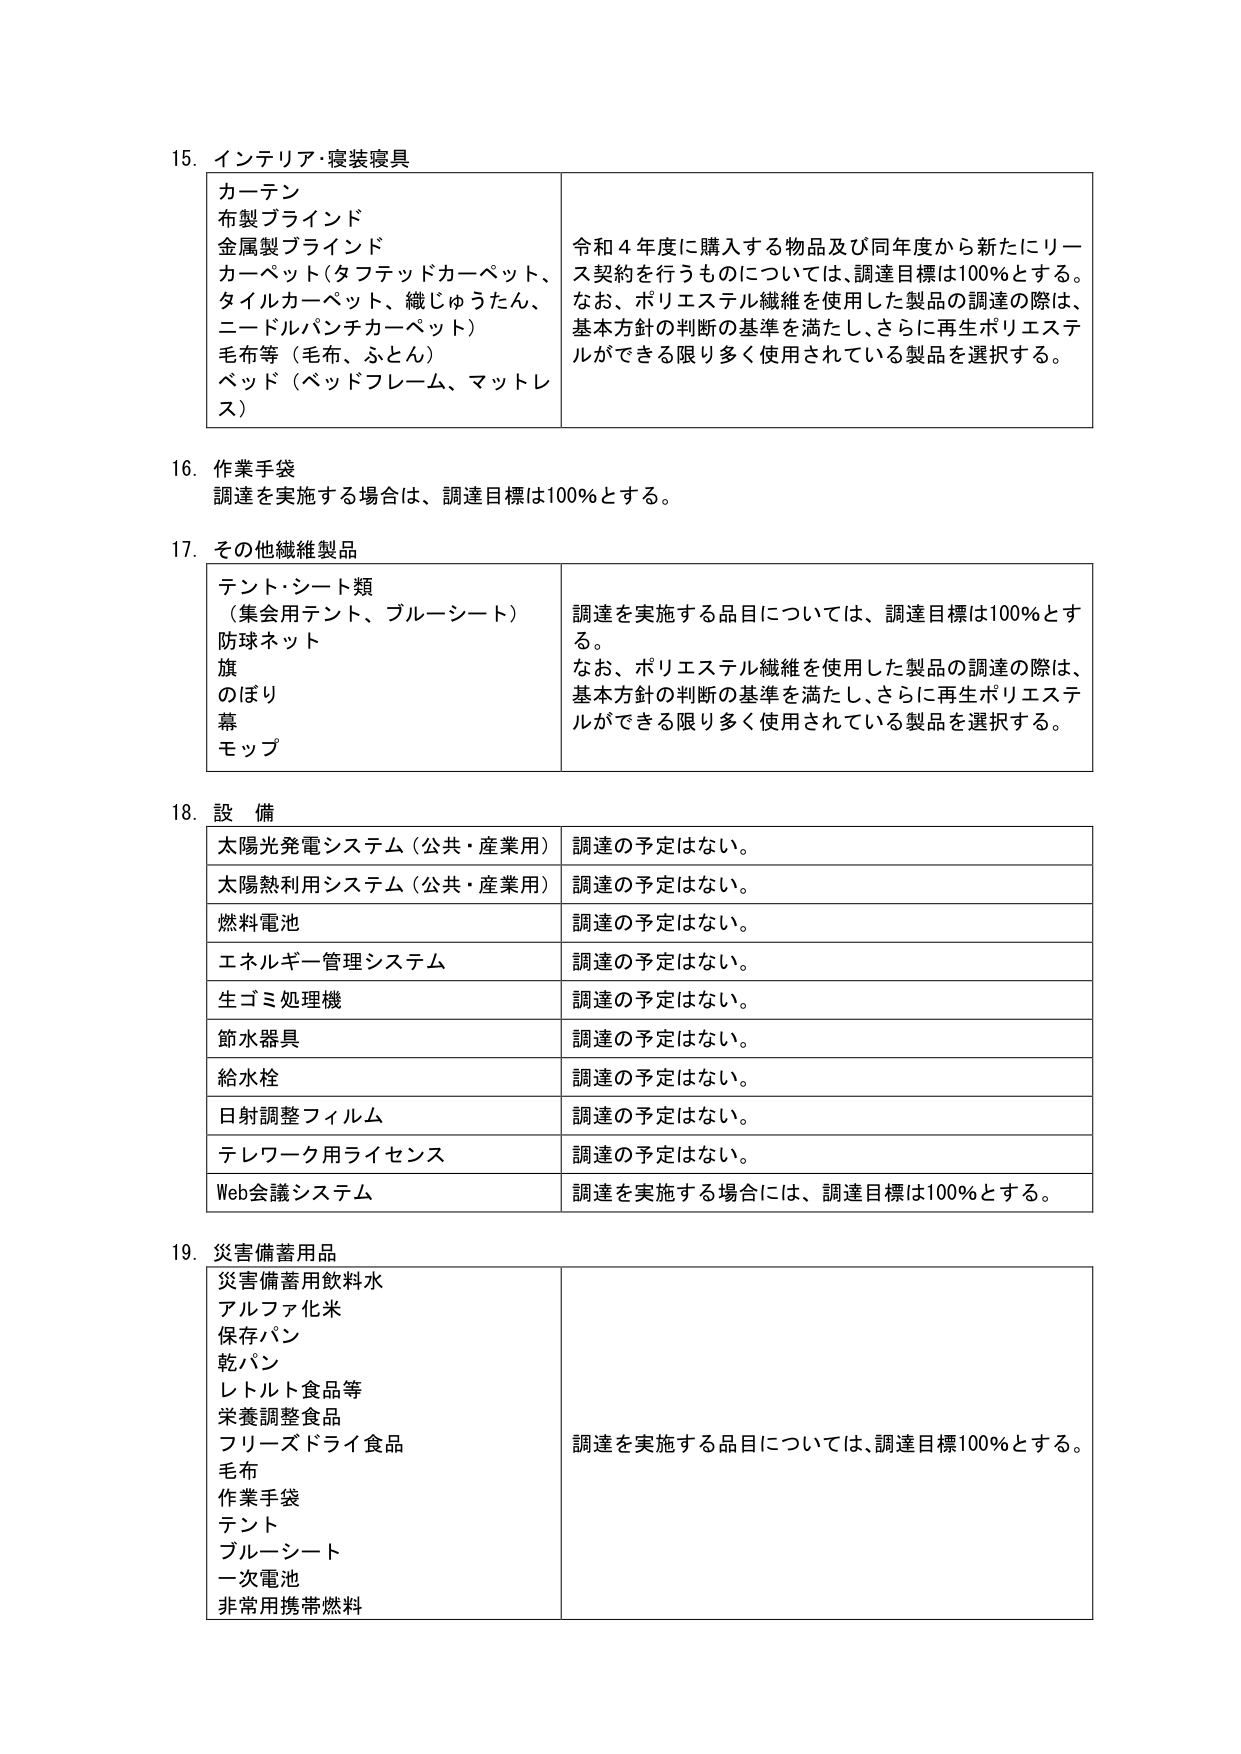
15. インテリア・寝装寝具
カーテン
布製ブラインド
金属製ブラインド
カーペット（タフテッドカーペット、
タイルカーペット、織じゅうたん、
ニードルパンチカーペット）
毛布等（毛布、ふとん）
ベッド（ベッドフレーム、マットレス）
令和4年度に購入する物品及び同年度から新たにリース契約を行うものについては、調達目標は100％とする。
なお、ポリエステル繊維を使用した製品の調達の際は、基本方針の判断の基準を満たし、さらに再生ポリエステルができる限り多く使用されている製品を選択する。

16. 作業手袋
調達を実施する場合は、調達目標は100％とする。

17. その他繊維製品
テント・シート類
（集会用テント、ブルーシート）
防球ネット
旗
のぼり
幕
モップ
調達を実施する品目については、調達目標は100％とする。
なお、ポリエステル繊維を使用した製品の調達の際は、基本方針の判断の基準を満たし、さらに再生ポリエステルができる限り多く使用されている製品を選択する。

18. 設備
太陽光発電システム（公共・産業用） 調達の予定はない。
太陽熱利用システム（公共・産業用） 調達の予定はない。
燃料電池 調達の予定はない。
エネルギー管理システム 調達の予定はない。
生ゴミ処理機 調達の予定はない。
節水器具 調達の予定はない。
給水栓 調達の予定はない。
日射調整フィルム 調達の予定はない。
テレワーク用ライセンス 調達の予定はない。
Web会議システム 調達を実施する場合には、調達目標は100％とする。

19. 災害備蓄用品
災害備蓄用飲料水
アルファ化米
保存パン
乾パン
レトルト食品等
栄養調整食品
フリーズドライ食品
毛布
作業手袋
テント
ブルーシート
一次電池
非常用携帯燃料
調達を実施する品目については、調達目標100％とする。